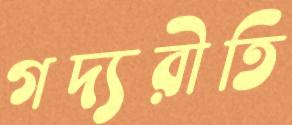
গদ্যরীতি